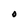
Character: O